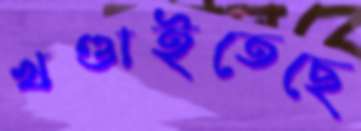
খণ্ডাইতেছে